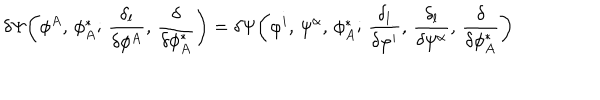
\delta \Psi \bigg ( \phi ^ { A } , \, \phi _ { A } ^ { * } ; \, \frac { \delta _ { l } } { \delta \phi ^ { A } } , \, \frac { \delta } { \delta \phi _ { A } ^ { * } } \bigg ) = \delta \Psi \bigg ( \varphi ^ { i } , \, \psi ^ { \alpha } , \, \phi _ { A } ^ { * } ; \, \frac { \delta _ { l } } { \delta \varphi ^ { i } } , \, \frac { \delta _ { l } } { \delta \psi ^ { \alpha } } , \, \frac { \delta } { \delta \phi _ { A } ^ { * } } \bigg )